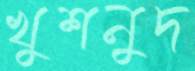
খুশনুদ